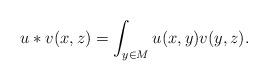
LaTeX: \begin{align*} u*v(x,z) = \int_{y\in M} u(x,y)v(y,z). \end{align*}